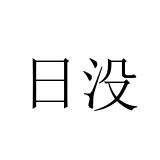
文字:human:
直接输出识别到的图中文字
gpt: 日没